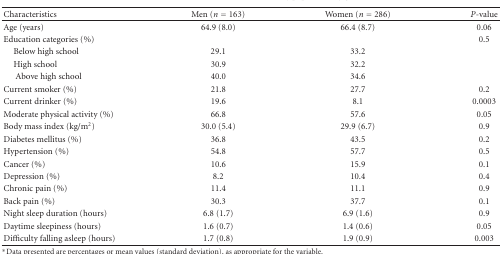
| Characteristics | Men (n = 163) | Women (n = 286) | P-value |
 | --- | --- | --- | --- |
 | Age (years) | 64.9 (8.0) | 66.4 (8.7) | 0.06 |
 | Education categories (%) |  |  | 0.5 |
 | Below high school | 29.1 | 33.2 |  |
 | High school | 30.9 | 32.2 |  |
 | Above high school | 40.0 | 34.6 |  |
 | Current smoker (%) | 21.8 | 27.7 | 0.2 |
 | Current drinker (%) | 19.6 | 8.1 | 0.0003 |
 | Moderate physical activity (%) | 66.8 | 57.6 | 0.05 |
 | Body mass index (kg/m2) | 30.0 (5.4) | 29.9 (6.7) | 0.9 |
 | Diabetes mellitus (%) | 36.8 | 43.5 | 0.2 |
 | Hypertension (%) | 54.8 | 57.7 | 0.5 |
 | Cancer (%) | 10.6 | 15.9 | 0.1 |
 | Depression (%) | 8.2 | 10.4 | 0.4 |
 | Chronic pain (%) | 11.4 | 11.1 | 0.9 |
 | Back pain (%) | 30.3 | 37.7 | 0.1 |
 | Night sleep duration (hours) | 6.8 (1.7) | 6.9 (1.6) | 0.9 |
 | Daytime sleepiness (hours) | 1.6 (0.7) | 1.4 (0.6) | 0.05 |
 | Difficulty falling asleep (hours) | 1.7 (0.8) | 1.9 (0.9) | 0.003 |